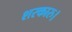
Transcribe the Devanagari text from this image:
शरकारु।